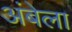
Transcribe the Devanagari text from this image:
अंबेला